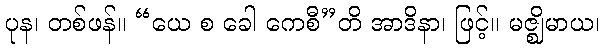
ပုန၊ တစ်ဖန်။ “ယေ စ ခေါ ကေစီ”တိ အာဒိနာ၊ ဖြင့်။ မဇ္ဈိမာယ၊